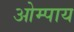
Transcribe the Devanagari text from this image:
ओम्पाय